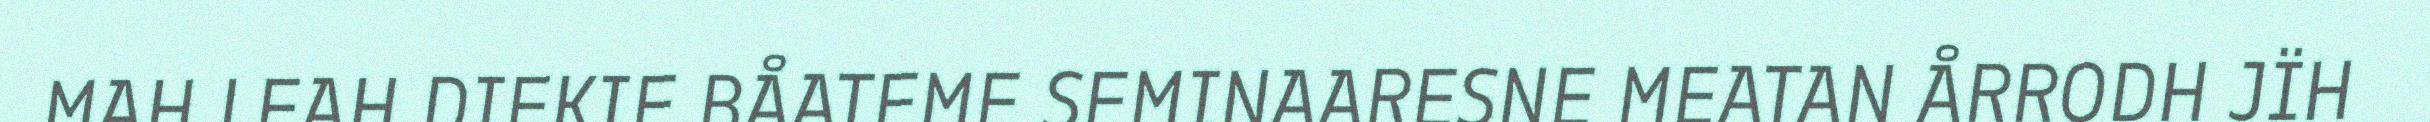
MAH LEAH DIEKIE BÅATEME SEMINAARESNE MEATAN ÅRRODH JÏH